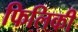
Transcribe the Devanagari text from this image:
फिलिकी